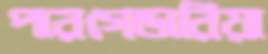
পারগেন্ডারিয়া